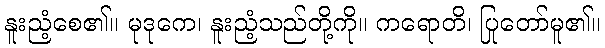
နူးညံ့စေ၏။ မုဒုကေ၊ နူးညံ့သည်တို့ကို။ ကရောတိ၊ ပြုတော်မူ၏။